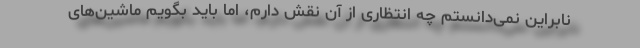
نابراین نمی‌دانستم چه انتظاری از آن نقش دارم، اما باید بگویم ماشین‌های